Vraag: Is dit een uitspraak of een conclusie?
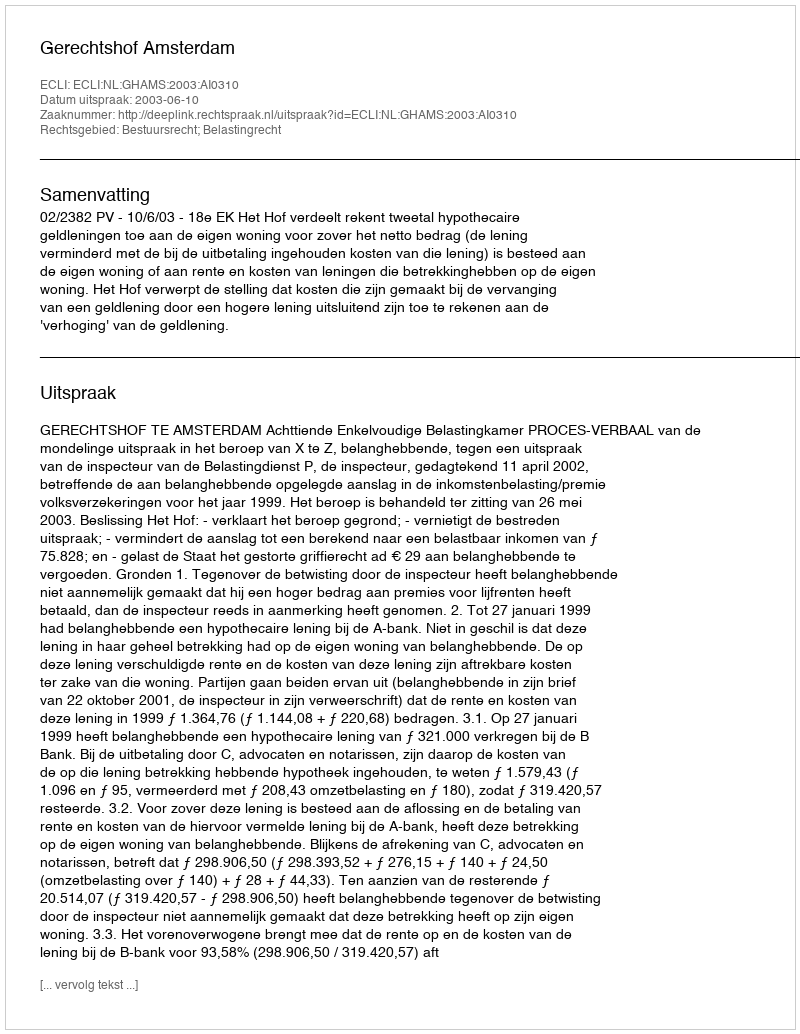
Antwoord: Uitspraak